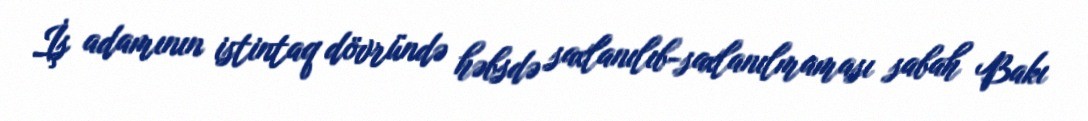
İş adamının istintaq dövründə həbsdə saxlanılıb-saxlanılmaması sabah Bakı